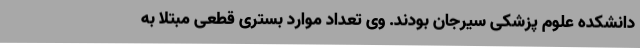
دانشکده علوم پزشکی سیرجان بودند. وی تعداد موارد بستری قطعی مبتلا به